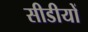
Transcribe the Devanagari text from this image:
सीडीयों